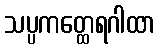
သပ္ပကတ္ထေရဂါထာ